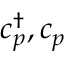
c _ { p } ^ { \dag } , c _ { p }